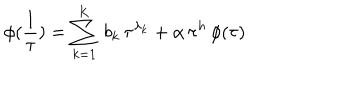
LaTeX: \phi ( \frac { 1 } { \tau } ) = \sum _ { k = 1 } ^ { \mathrm { K } } \, b _ { k } \, \tau ^ { \lambda _ { k } } + \alpha \, \tau ^ { h } \, \phi ( \tau )